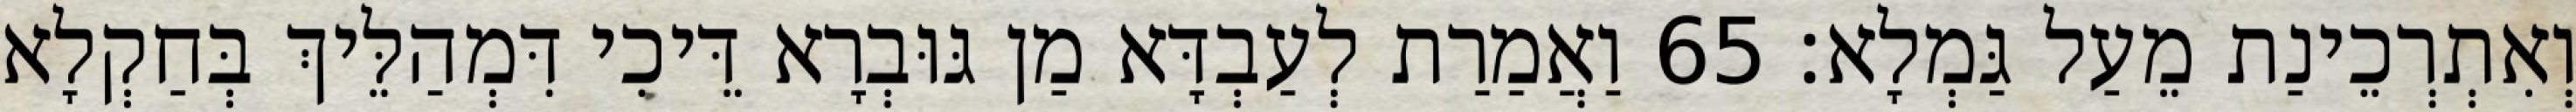
וְאִתְרְכֵינַת מֵעַל גַּמְלָא׃ 65 וַאֲמַרַת לְעַבְדָּא מַן גּוּבְרָא דֵּיכִי דִּמְהַלֵּיךְ בְּחַקְלָא